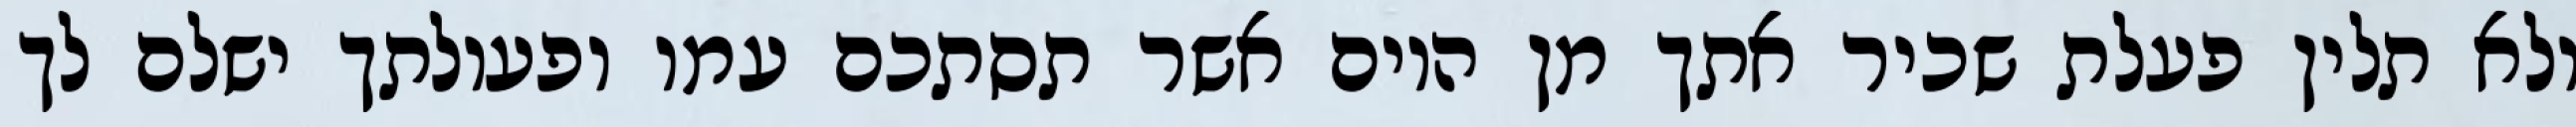
ולא תלין פעלת שכיר אתך מן היום אשר תסתכם עמו ופעולתך ישלם לך